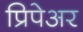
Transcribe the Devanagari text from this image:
प्रिपेअर